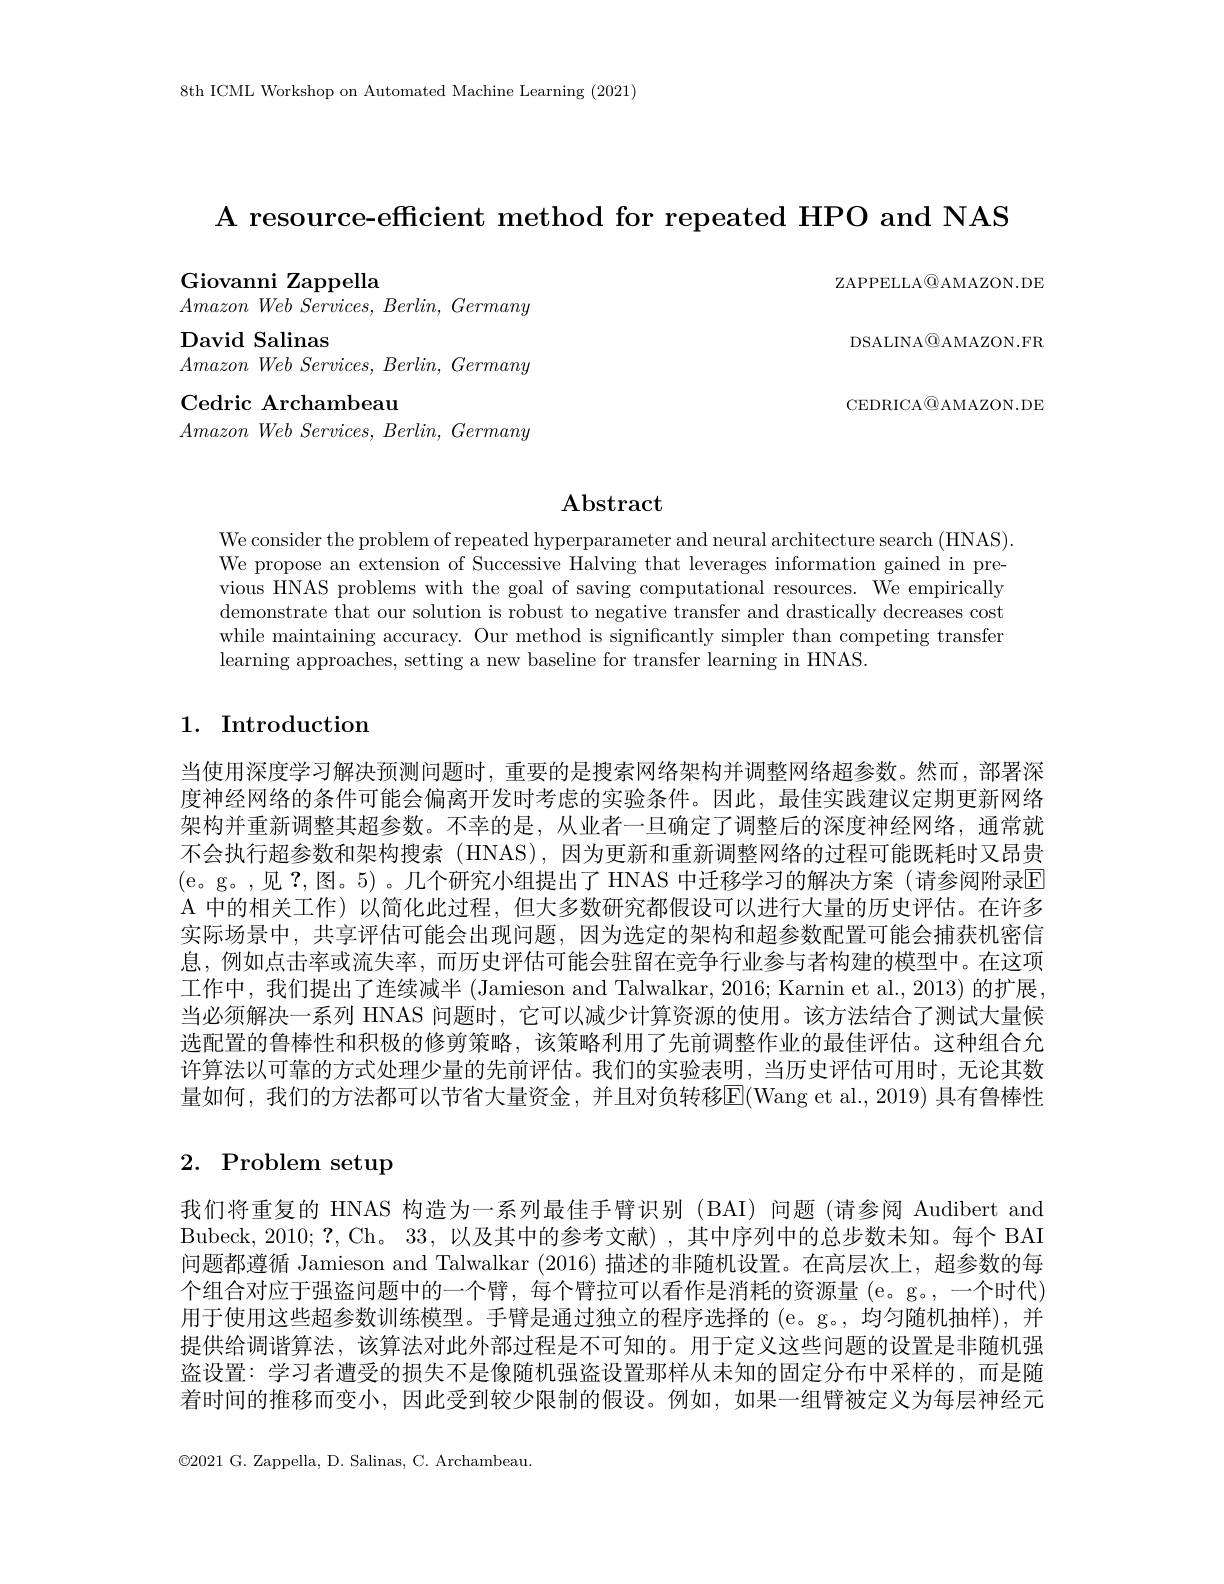
8th ICML Workshop on Automated Machine Learning (2021)

A resource-efficient method for repeated HPO and NAS
Giovanni Zappella
ZAPPELLA$\textcircled{\mathrm{Q}}$AMAZON.DE

DSALINA@AMAZON.FR

$AmazonWeb\textit{Services, Berlin, Germany}$
David Salinas
$Amazon\textit{Web Services, Berlin, Germany}$
Cedric Archambeau
$Amazon\textit{Web Services, Berlin, Germany}$

CEDRICA$\textcircled{\mathrm{Q}}$AMAZON.DE

# $\mathbf{Abstract}$

We consider the problem of repeated hyperparameter and neural architecture search (HNAS). We propose an extension of Successive Halving that leverages information gained in previous HNAS problems with the goal of saving computational resources. We empirically demonstrate that our solution is robust to negative transfer and drastically decreases cost while maintaining accuracy. Our method is significantly simpler than competing transfer learning approaches, setting a new baseline for transfer learning in HNAS.

## 1. Introduction

当使用深度学习解决预测问题时，重要的是搜索网络架构并调整网络超参数。然而，部署深度神经网络的条件可能会偏离开发时考虑的实验条件。因此，最佳实践建议定期更新网络架构并重新调整其超参数。不幸的是，从业者一旦确定了调整后的深度神经网络，通常就不会执行超参数和架构搜索 (HNAS), 因为更新和重新调整网络的过程可能既耗时又昂贵(e。g。,见 ?,图。5)。几个研究小组提出了 HNAS 中迁移学习的解决方案(请参阅附录E A 中的相关工作)以简化此过程，但大多数研究都假设可以进行大量的历史评估。在许多实际场景中，共享评估可能会出现问题，因为选定的架构和超参数配置可能会捕获机密信息，例如点击率或流失率，而历史评估可能会驻留在竞争行业参与者构建的模型中。在这项工作中，我们提出了连续减半 (Jamieson and Talwalkar, 2016; Karnin et al., 2013) 的扩展， 当必须解决一系列 HNAS 问题时，它可以减少计算资源的使用。该方法结合了测试大量候选配置的鲁棒性和积极的修剪策略，该策略利用了先前调整作业的最佳评估。这种组合允许算法以可靠的方式处理少量的先前评估。我们的实验表明，当历史评估可用时，无论其数量如何，我们的方法都可以节省大量资金，并且对负转移E(Wang et al.,2019) 具有鲁棒性

# 2. Problem setup

我们将重复的 HNAS 构造为一系列最佳手臂识别 (BAI) 问题 (请参阅 Audibert and Bubeck, 2010; ?, Ch。33, 以及其中的参考文献) , 其中序列中的总步数未知。每个 BAI 问题都遵循 Jamieson and Talwalkar (2016)描述的非随机设置。在高层次上，超参数的每个组合对应于强盗问题中的一个臂，每个臂拉可以看作是消耗的资源量 (e。g。,一个时代) 用于使用这些超参数训练模型。手臂是通过独立的程序选择的 (e。g。, 均匀随机抽样), 并提供给调谐算法，该算法对此外部过程是不可知的。用于定义这些问题的设置是非随机强盗设置：学习者遭受的损失不是像随机强盗设置那样从未知的固定分布中采样的，而是随着时间的推移而变小，因此受到较少限制的假设。例如，如果一组臂被定义为每层神经元

$\odot2021$ G. Zappella, D. Salinas, C. Archambeau